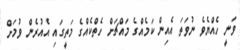
ވަނީ ހެއްޔެވެ ނުވަތަ އެއިން ކަމެއްގެ މައްޗަށް ހެތްކެއްގެ މަތީގައި އެއުރެން ވުމަށް